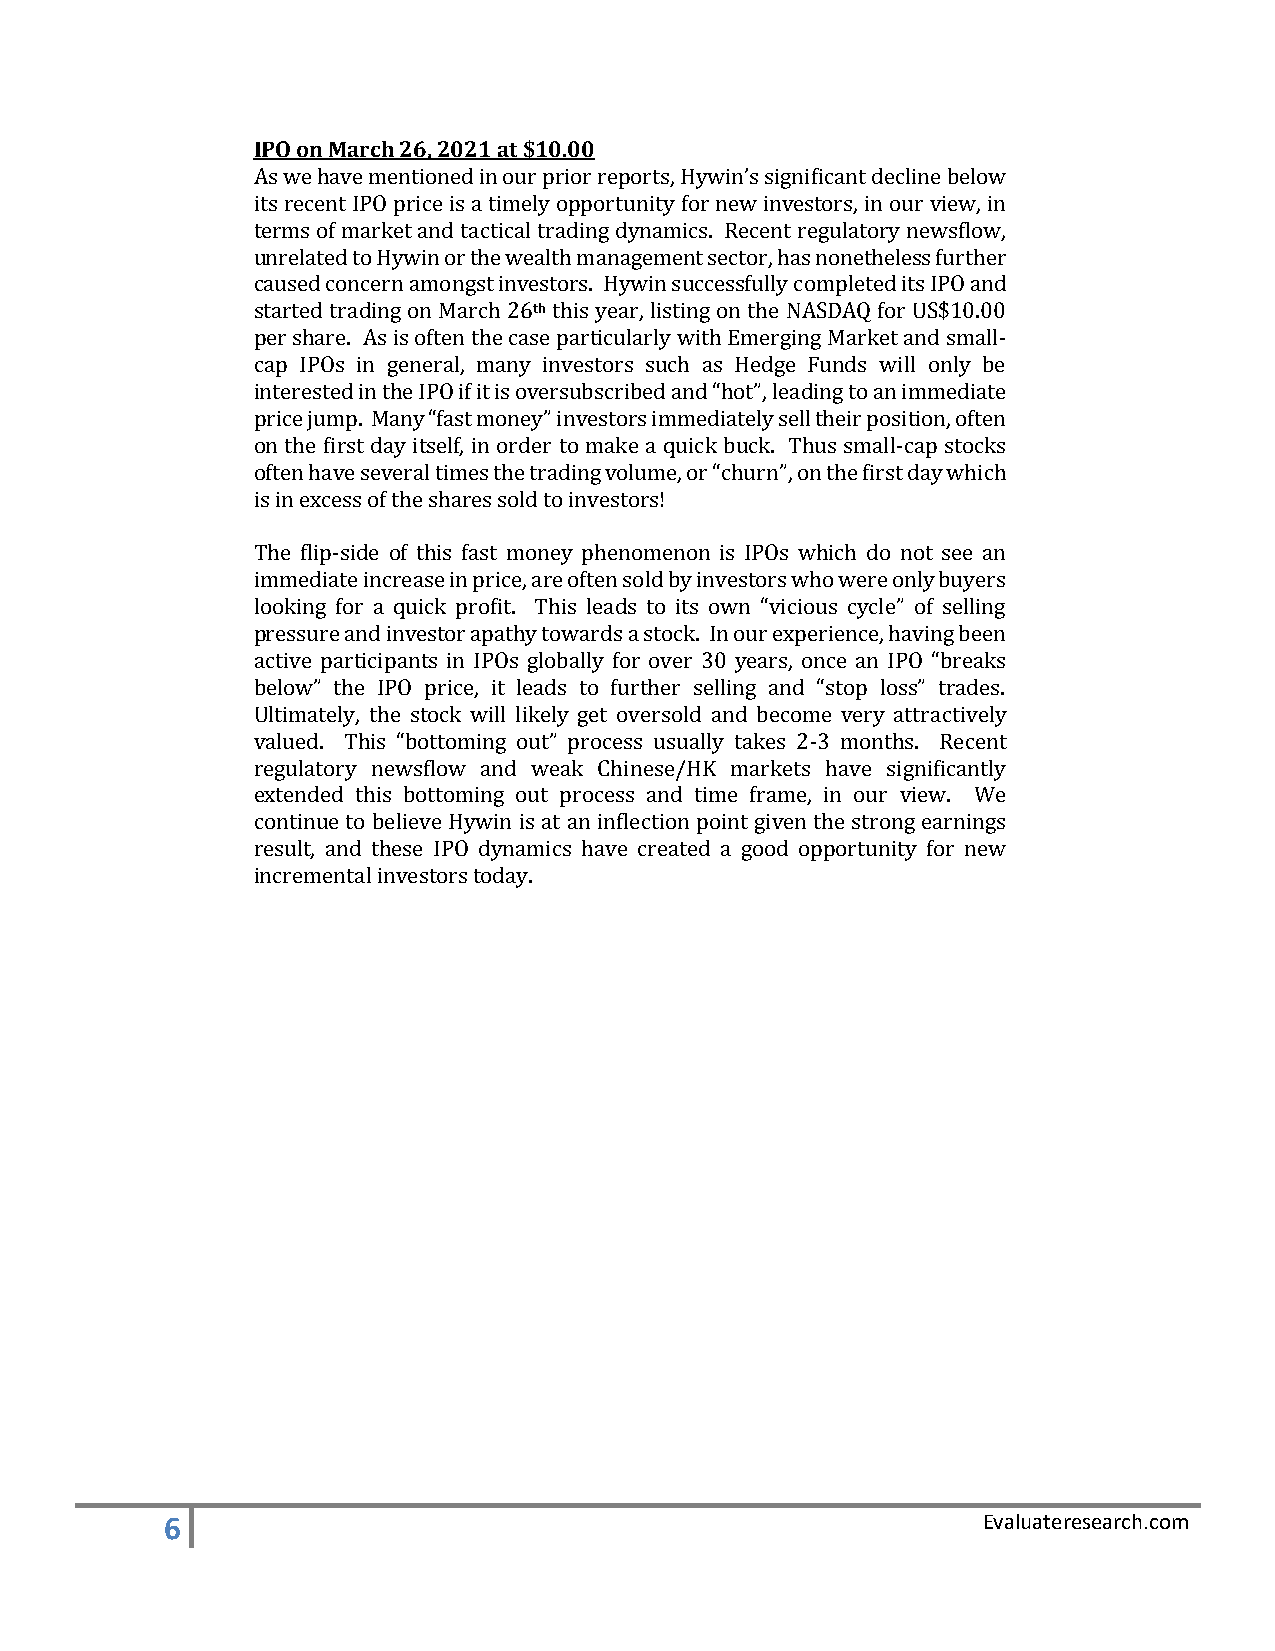
IPO on March 26, 2021 at $10.00
 As we have mentioned in our prior reports, Hywin’s significant decline below
 its recent IPO price is a timely opportunity for new investors, in our view, in
 terms of market and tactical trading dynamics. Recent regulatory newsflow,
 unrelated to Hywin or the wealth management sector, has nonetheless further
 caused concern amongst investors. Hywin successfully completed its IPO and
 started trading on March 26th this year, listing on the NASDAQ for US$10.00
 per share. As is often the case particularly with Emerging Market and small-
 cap IPOs in general, many investors such as Hedge Funds will only be
 interested in the IPO if it is oversubscribed and “hot”, leading to an immediate
 price jump. Many “fast money” investors immediately sell their position, often
 on the first day itself, in order to make a quick buck. Thus small-cap stocks
 often have several times the trading volume, or “churn”, on the first day which
 is in excess of the shares sold to investors!
 The flip-side of this fast money phenomenon is IPOs which do not see an
 immediate increase in price, are often sold by investors who were only buyers
 looking for a quick profit. This leads to its own “vicious cycle” of selling
 pressure and investor apathy towards a stock. In our experience, having been
 active participants in IPOs globally for over 30 years, once an IPO “breaks
 below” the IPO price, it leads to further selling and “stop loss” trades.
 Ultimately, the stock will likely get oversold and become very attractively
 valued. This “bottoming out” process usually takes 2-3 months. Recent
 regulatory newsflow and weak Chinese/HK markets have significantly
 extended this bottoming out process and time frame, in our view. We
 continue to believe Hywin is at an inflection point given the strong earnings
 result, and these IPO dynamics have created a good opportunity for new
 incremental investors today.
 6                                                     Evaluateresearch.com